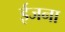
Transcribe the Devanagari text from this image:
ईजना